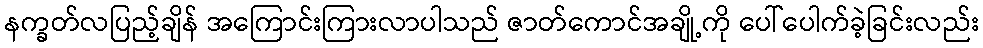
နက္ခတ်လပြည့်ချိန် အကြောင်းကြားလာပါသည် ဇာတ်ကောင်အချို့ကို ပေါ်ပေါက်ခဲ့ခြင်းလည်း